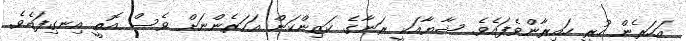
އަހަރެން ހުރީ ހައިރާންވެފައެެވެ. ޝާޔާއަކީ ރަނާގެ ކަޒިންކަން އަހަރެންނަށް ވެސް އޮތީ އިނގިފައެވެ.